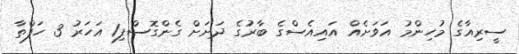
ސީރިއާގެ މުހިންމު އަވަށެއް އައިއެސްގެ ބާރުގެ ދަށަށް ގެންގޮސްފި1 އަހަރު 3 ހަފްތާ